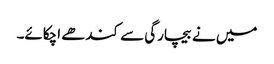
میں نے بیچارگی سے کندھے اچکائے۔